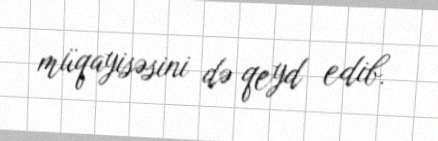
müqayisəsini də qeyd edib.